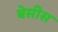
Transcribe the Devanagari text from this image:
बेसीस